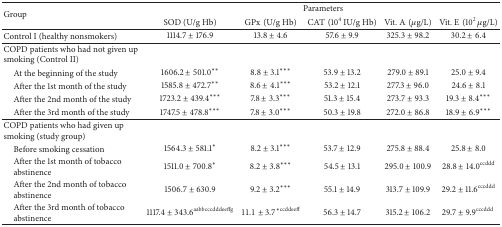
<table><thead><tr><td rowspan="2"><b>Group</b></td><td colspan="5"><b>Parameters</b></td></tr><tr><td><b>SOD (U/g Hb)</b></td><td><b>GPx(U/g Hb)</b></td><td><b>CAT(10<sup>4</sup> IU/g Hb)</b></td><td><b>Vit. A(<i>μ</i>g/L)</b></td><td><b>Vit. E(10<sup>2</sup> <i>μ</i>g/L)</b></td></tr></thead><tbody><tr><td>Control I (healthy nonsmokers)</td><td>1114.7 ± 176.9</td><td>13.8 ± 4.6</td><td>57.6 ± 9.9</td><td>325.3 ± 98.2</td><td>30.2 ± 6.4</td></tr><tr><td>COPD patients who had not given up smoking (Control II)</td><td> </td><td> </td><td> </td><td> </td><td> </td></tr><tr><td> At the beginning of the study</td><td>1606.2 ± 501.0**</td><td>8.8 ± 3.1***</td><td>53.9 ± 13.2</td><td>279.0 ± 89.1</td><td>25.0 ± 9.4</td></tr><tr><td> After the 1st month of the study</td><td>1585.8 ± 472.7**</td><td>8.6 ± 4.1***</td><td>53.2 ± 12.1</td><td>277.3 ± 96.0</td><td>24.6 ± 8.1</td></tr><tr><td> After the 2nd month of the study</td><td>1723.2 ± 439.4***</td><td>7.8 ± 3.3***</td><td>51.3 ± 15.4</td><td>273.7 ± 93.3</td><td>19.3 ± 8.4***</td></tr><tr><td> After the 3rd month of the study</td><td>1747.5 ± 478.8***</td><td>7.8 ± 3.0***</td><td>50.3 ± 19.8</td><td>272.0 ± 86.8</td><td>18.9 ± 6.9***</td></tr><tr><td>COPD patients who had given up smoking (study group)</td><td> </td><td> </td><td> </td><td> </td><td> </td></tr><tr><td> Before smoking cessation</td><td>1564.3 ± 581.1*</td><td>8.2 ± 3.1***</td><td>53.7 ± 12.9</td><td>275.8 ± 88.4</td><td>25.8 ± 8.0</td></tr><tr><td> After the 1st month of tobaccoabstinence</td><td>1511.0 ± 700.8*</td><td>8.2 ± 3.8***</td><td>54.5 ± 13.1</td><td>295.0 ± 100.9</td><td>28.8 ± 14.0<sup>ccddd</sup></td></tr><tr><td> After the 2nd month of tobaccoabstinence</td><td>1506.7 ± 630.9</td><td>9.2 ± 3.2***</td><td>55.1 ± 14.9</td><td>313.7 ± 109.9</td><td>29.2 ± 11.6<sup>cccddd</sup></td></tr><tr><td> After the 3rd month of tobaccoabstinence</td><td>1117.4 ± 343.6<sup>aabbcccdddeeffg</sup></td><td>11.1 ± 3.7<sup>∗ccddeeff</sup></td><td>56.3 ± 14.7</td><td>315.2 ± 106.2</td><td>29.7 ± 9.9<sup>cccddd </sup></td></tr></tbody></table>